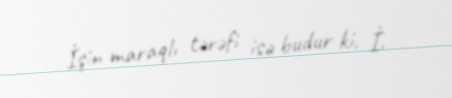
İşin maraqlı tərəfi isə budur ki, İ.